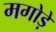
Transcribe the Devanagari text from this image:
मगोड़े